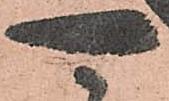
可